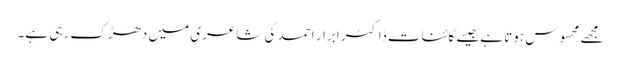
مجھے محسوس ہوتا ہےجیسے کائنات ڈاکٹر ابرار احمد کی شاعری میں دھڑک رہی ہے۔